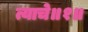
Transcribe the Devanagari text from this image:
त्याचे॥१॥